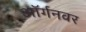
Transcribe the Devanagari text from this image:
ऑर्गनवर